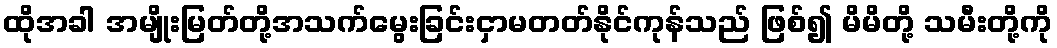
ထိုအခါ အမျိုးမြတ်တို့အသက်မွေးခြင်းငှာမတတ်နိုင်ကုန်သည် ဖြစ်၍ မိမိတို့ သမီးတို့ကို